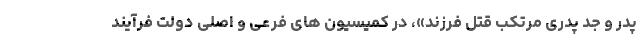
پدر و جد پدری مرتکب قتل فرزند»، در کمیسیون های فرعی و اصلی دولت فرآیند